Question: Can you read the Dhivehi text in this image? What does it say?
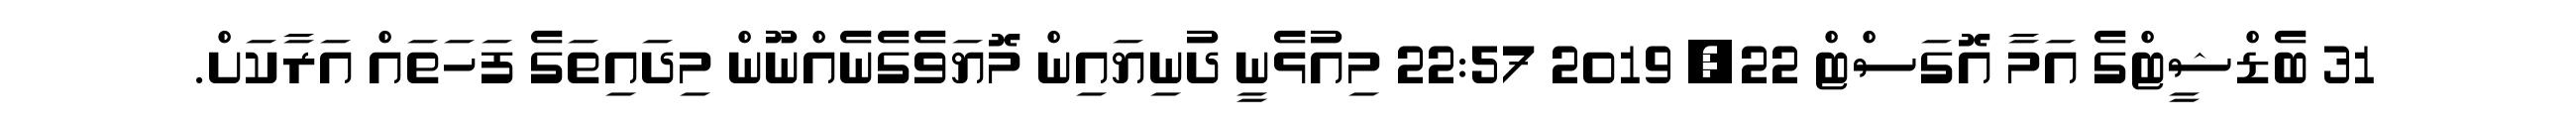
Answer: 31 ބެޑްޝީޓްގެ އަމާ އޮގަސްޓް 22, 2019 22:57 މިއުޅެނީ ދުނިޔައިން މޮޔަވެގެނެއްނޫން މިދައިތަގެ ފަހަތައް އަރާކަށް.